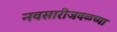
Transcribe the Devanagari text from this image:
नवसारीजवळच्या